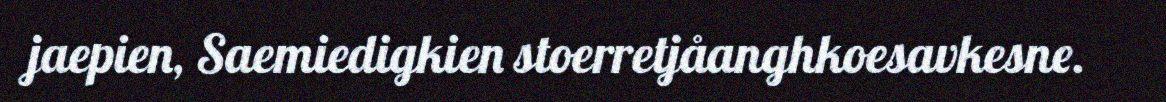
jaepien, Saemiedigkien stoerretjåanghkoesavkesne.